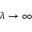
\lambda \to \infty